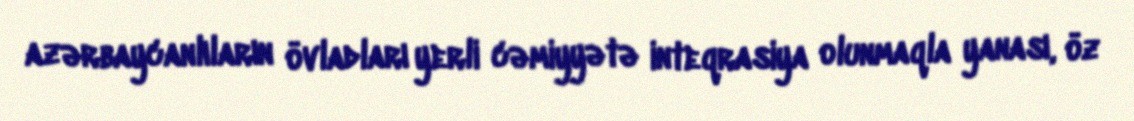
azərbaycanlıların övladları yerli cəmiyyətə inteqrasiya olunmaqla yanası, öz